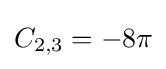
C_{2,3}=-8\pi